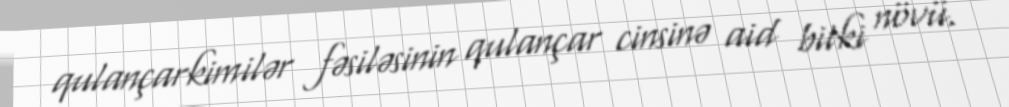
qulançarkimilər fəsiləsinin qulançar cinsinə aid bitki növü.